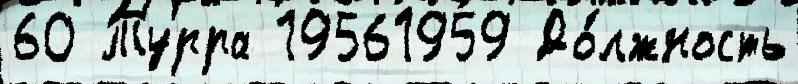
60 Турра 19561959 До́лжность